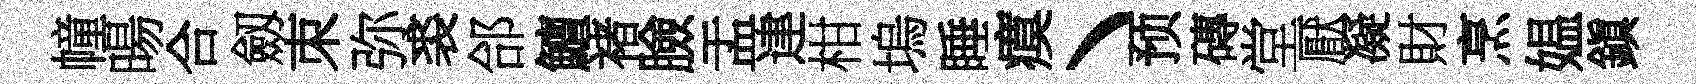
幢暘合劔朿弥裘郃鱣禇臉盂䢖柑塢睡瘼丶预磚堂厭凝財烹媪鎭